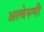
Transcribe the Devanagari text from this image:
अल्बेरुणी